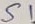
Text: S1